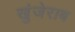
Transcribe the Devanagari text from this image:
खुंजेराब